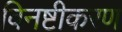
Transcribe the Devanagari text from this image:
विनष्टीकरण